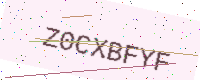
Text: Z0CXBFYF